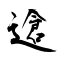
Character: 䢢